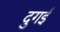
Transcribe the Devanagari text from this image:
दुगई